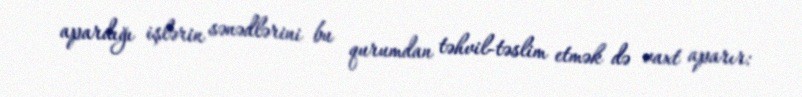
apardığı işlərin sənədlərini bu qurumdan təhvil-təslim etmək də vaxt aparır: